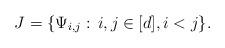
LaTeX: \begin{align*} J=\{ \Psi_{i,j} :\, i,j\in[d], i<j \}.\end{align*}